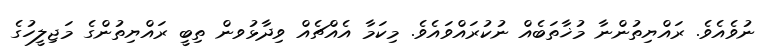
ނުވެއެވެ. ރައްޔިތުންނާ މުޚާތަބެއް ނުކުރައްވައެވެ. މިކަމާ އެއްޗެއް ވިދާޅުވން ތިބީ ރައްޔިތުންގެ މަޖިލީހުގެ